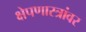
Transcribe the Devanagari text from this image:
क्षेपणास्त्रांवर